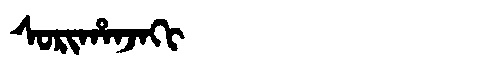
Manchu: ᠰᠣᡵᡳᡥᠠᠨᠵᠠᡴᡳ
Romanization: SORIHANJAKI